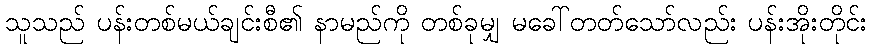
သူသည် ပန်းတစ်မယ်ချင်းစီ၏ နာမည်ကို တစ်ခုမျှ မခေါ်တတ်သော်လည်း ပန်းအိုးတိုင်း